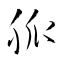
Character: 脈